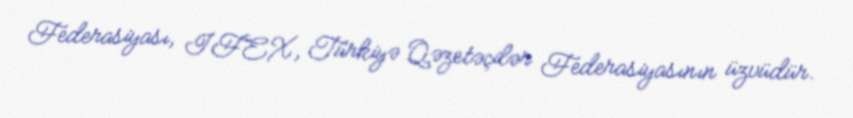
Federasiyası, IFEX, Türkiyə Qəzetəçilər Federasiyasının üzvüdür.